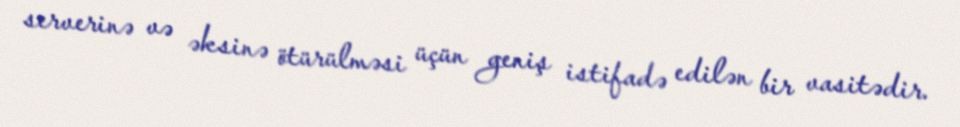
serverinə və əksinə ötürülməsi üçün geniş istifadə edilən bir vasitədir.